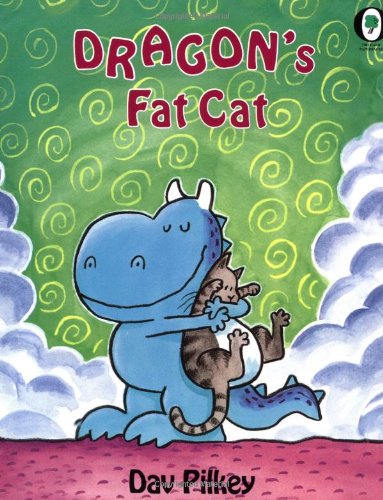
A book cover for Dragon's Fat Cat; Dav Pilkey; Children's Books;